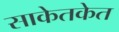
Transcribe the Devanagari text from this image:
साकेतकेत